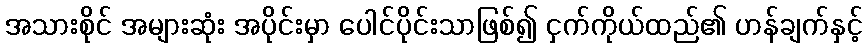
အသားစိုင် အများဆုံး အပိုင်းမှာ ပေါင်ပိုင်းသာဖြစ်၍ ငှက်ကိုယ်ထည်၏ ဟန်ချက်နှင့်